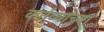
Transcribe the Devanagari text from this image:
कर्तव्यांच्या